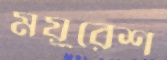
ময়ুরেশ